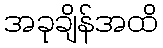
အခုချိန်အထိ